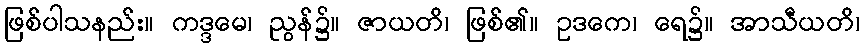
ဖြစ်ပါသနည်း။ ကဒ္ဒမေ၊ ညွန်၌။ ဇာယတိ၊ ဖြစ်၏။ ဥဒကေ၊ ရေ၌။ အာသီယတိ၊